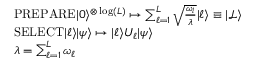
\begin{array} { r l } & { \mathrm { P R E P A R E } \vert 0 \rangle ^ { \otimes \log ( L ) } \mapsto \sum _ { \ell = 1 } ^ { L } \sqrt { \frac { \omega _ { l } } { \lambda } } \vert \ell \rangle \equiv \vert \mathcal { L } \rangle } \\ & { \mathrm { S E L E C T } \vert \ell \rangle \vert \psi \rangle \mapsto \vert \ell \rangle U _ { \ell } \vert \psi \rangle } \\ & { \lambda = \sum _ { \ell = 1 } ^ { L } \omega _ { \ell } } \end{array}